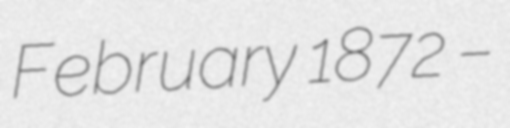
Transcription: February 1872 –